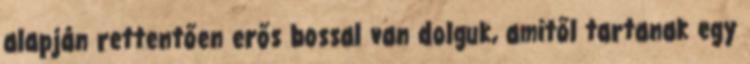
alapján rettentően erős bossal van dolguk, amitől tartanak egy